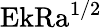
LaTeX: \textrm{Ek}\textrm{Ra}^{1/2}